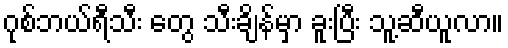
ဂုစ်ဘယ်ရီသီး တွေ သီးချိန်မှာ ခူးပြီး သူ့ဆီယူလာ။